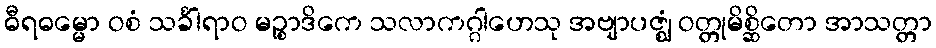
ဓီရဓမ္မော ဝစံ သင်္ခါရာဝ မဉ္စာဒိကေ သလာကဂ္ဂါဟေသု အဗျာပဇ္ဈံ ဝတ္တုမိစ္ဆိတော အာသတ္တာ